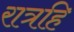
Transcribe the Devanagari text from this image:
रात्रहि